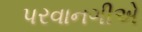
પરવાનગીએ